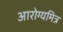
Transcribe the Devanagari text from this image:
आरोग्यमित्र